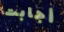
أجابت